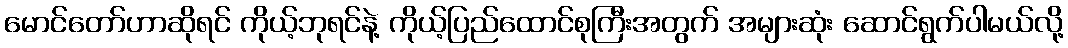
မောင်တော်ဟာဆိုရင် ကိုယ့်ဘုရင်နဲ့ ကိုယ့်ပြည်ထောင်စုကြီးအတွက် အများဆုံး ဆောင်ရွက်ပါမယ်လို့